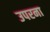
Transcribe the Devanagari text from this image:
उपरना